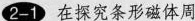
2-1在探究条形磁体周